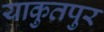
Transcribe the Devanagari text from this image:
याकुतपुर